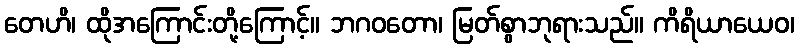
တေဟိ၊ ထိုအကြောင်းတို့ကြောင့်။ ဘဂဝတော၊ မြတ်စွာဘုရားသည်။ ကိရိယာယေဝ၊